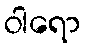
ဝါရော